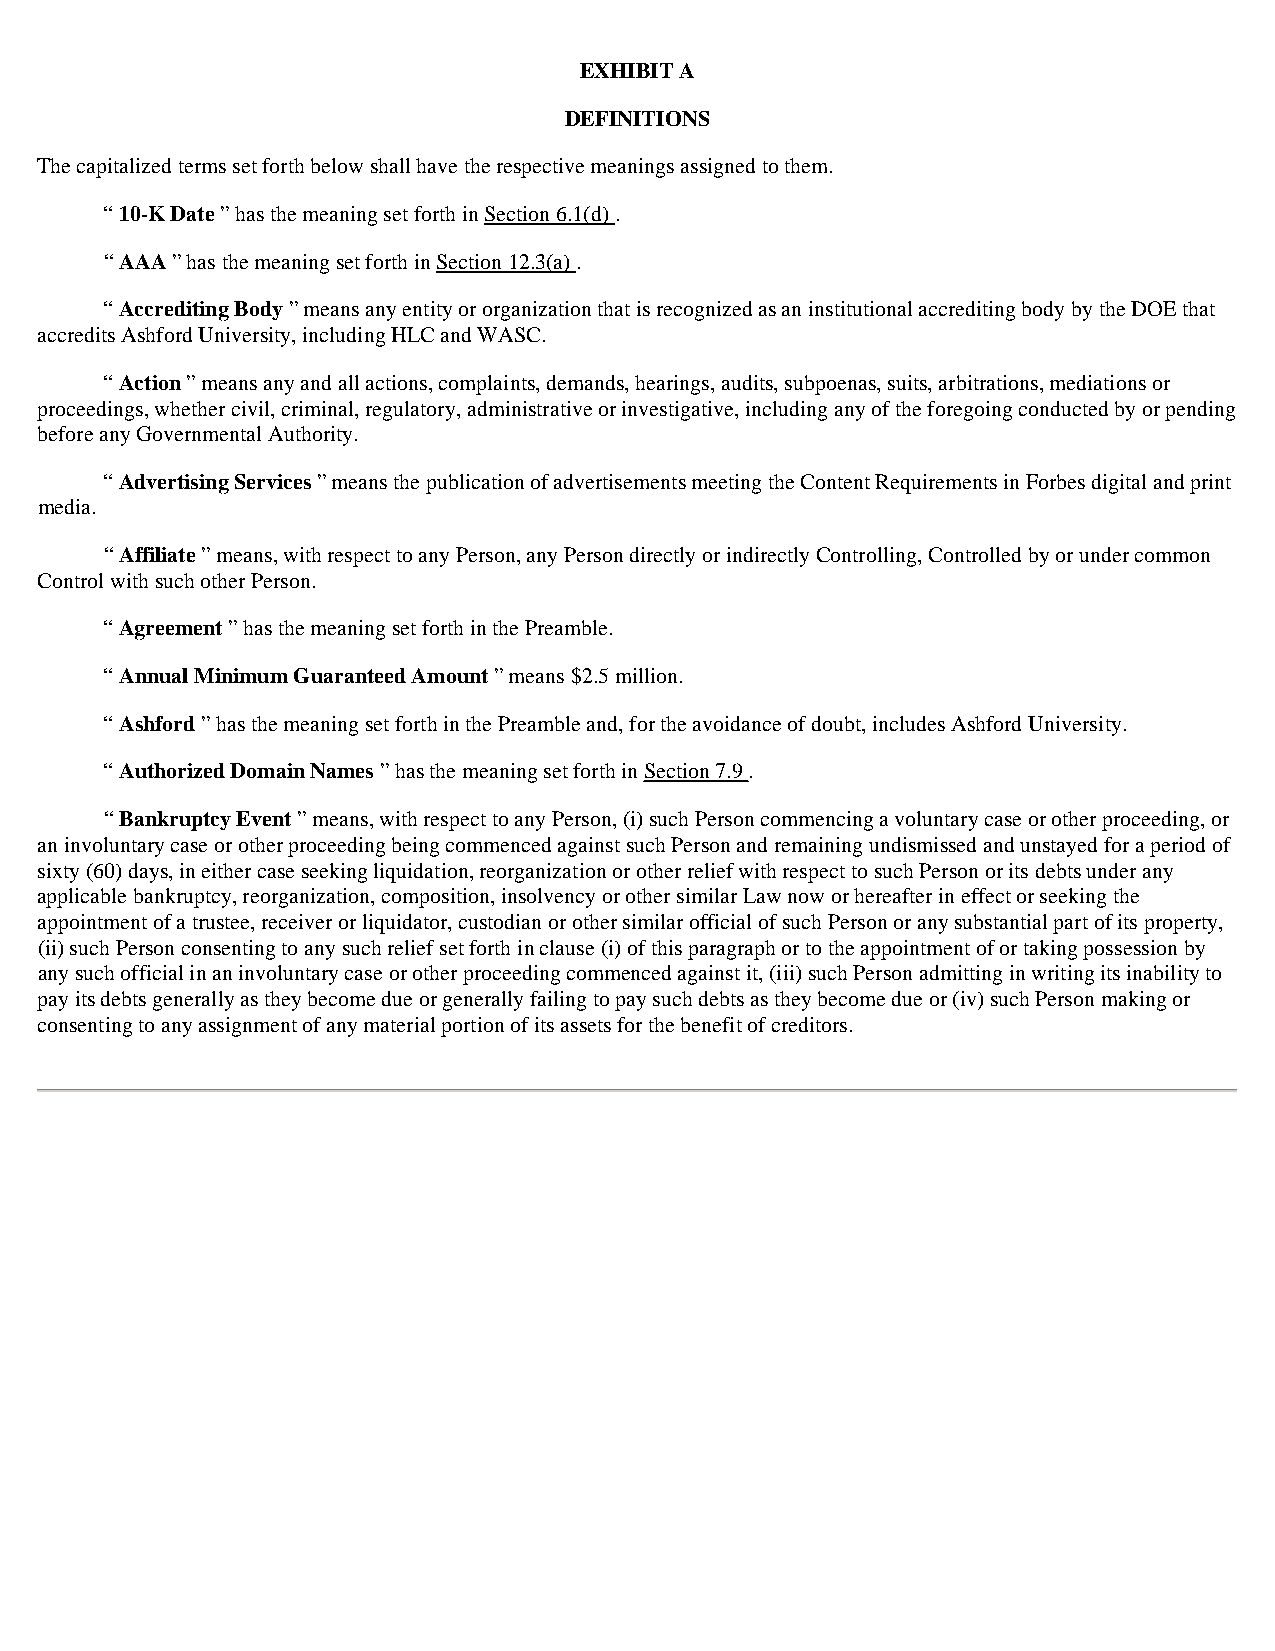
EXHIBIT A
 DEFINITIONS
 The capitalized terms set forth below shall have the respective meanings assigned to them.
 “ 10-K Date ” has the meaning set forth in Section 6.1(d) .
 “ AAA ” has the meaning set forth in Section 12.3(a) .
 “ Accrediting Body ” means any entity or organization that is recognized as an institutional accrediting body by the DOE that
 accredits Ashford University, including HLC and WASC.
 “ Action ” means any and all actions, complaints, demands, hearings, audits, subpoenas, suits, arbitrations, mediations or
 proceedings, whether civil, criminal, regulatory, administrative or investigative, including any of the foregoing conducted by or pending
 before any Governmental Authority.
 “ Advertising Services ” means the publication of advertisements meeting the Content Requirements in Forbes digital and print
 media.
 “ Affiliate ” means, with respect to any Person, any Person directly or indirectly Controlling, Controlled by or under common
 Control with such other Person.
 “ Agreement ” has the meaning set forth in the Preamble.
 “ Annual Minimum Guaranteed Amount ” means $2.5 million.
 “ Ashford ” has the meaning set forth in the Preamble and, for the avoidance of doubt, includes Ashford University.
 “ Authorized Domain Names ” has the meaning set forth in Section 7.9 .
 “ Bankruptcy Event ” means, with respect to any Person, (i) such Person commencing a voluntary case or other proceeding, or
 an involuntary case or other proceeding being commenced against such Person and remaining undismissed and unstayed for a period of
 sixty (60) days, in either case seeking liquidation, reorganization or other relief with respect to such Person or its debts under any
 applicable bankruptcy, reorganization, composition, insolvency or other similar Law now or hereafter in effect or seeking the
 appointment of a trustee, receiver or liquidator, custodian or other similar official of such Person or any substantial part of its property,
 (ii) such Person consenting to any such relief set forth in clause (i) of this paragraph or to the appointment of or taking possession by
 any such official in an involuntary case or other proceeding commenced against it, (iii) such Person admitting in writing its inability to
 pay its debts generally as they become due or generally failing to pay such debts as they become due or (iv) such Person making or
 consenting to any assignment of any material portion of its assets for the benefit of creditors.